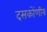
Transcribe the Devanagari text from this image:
दसकोंणीय